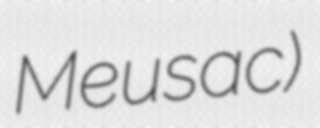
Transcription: Meusac)